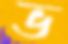
ভ